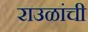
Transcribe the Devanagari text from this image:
राउळांची